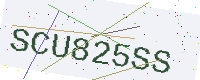
Text: SCU825SS